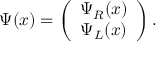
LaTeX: \Psi ( x ) = \left( \begin{array} { c } { { \Psi _ { R } ( x ) } } \\ { { \Psi _ { L } ( x ) } } \end{array} \right) .